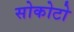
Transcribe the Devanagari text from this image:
सोकोटो